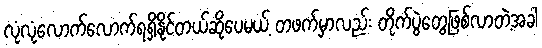
လုံလုံလောက်လောက်ရရှိနိုင်တယ်ဆိုပေမယ့် တဖက်မှာလည်း တိုက်ပွဲတွေဖြစ်လာတဲ့အခါ